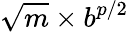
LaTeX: {\sqrt{m}}\times b^{p/2}